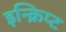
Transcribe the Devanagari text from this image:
इन्क्रिप्ट